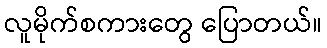
လူမိုက်စကားတွေ ပြောတယ်။